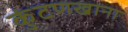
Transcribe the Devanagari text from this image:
कुंटणखाना